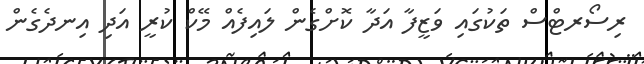
ރިސޯރޓްސް ތަކުގައި ވަޒީފާ އަދާ ކޮށްގެން ލައިފެއް މޭކް ކުރީ އަދި އިނދެގެން